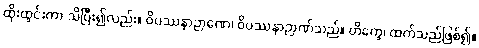
ထိုးထွင်းကာ သိပြီး၍လည်း။ ဝိပဿနာဉာဏေ၊ ဝိပဿနာဉာဏ်သည်။ တိက္ခေ၊ ထက်သည်ဖြစ်၍။